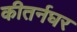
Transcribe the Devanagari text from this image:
कीतर्नघर